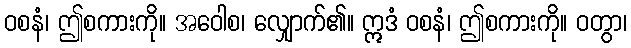
ဝစနံ၊ ဤစကားကို။ အဝေါစ၊ လျှောက်၏။ ဣဒံ ဝစနံ၊ ဤစကားကို။ ဝတွာ၊